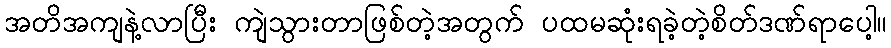
အတိအကျနဲ့လာပြီး ကျဲသွားတာဖြစ်တဲ့အတွက် ပထမဆုံးရခဲ့တဲ့စိတ်ဒဏ်ရာပေါ့။